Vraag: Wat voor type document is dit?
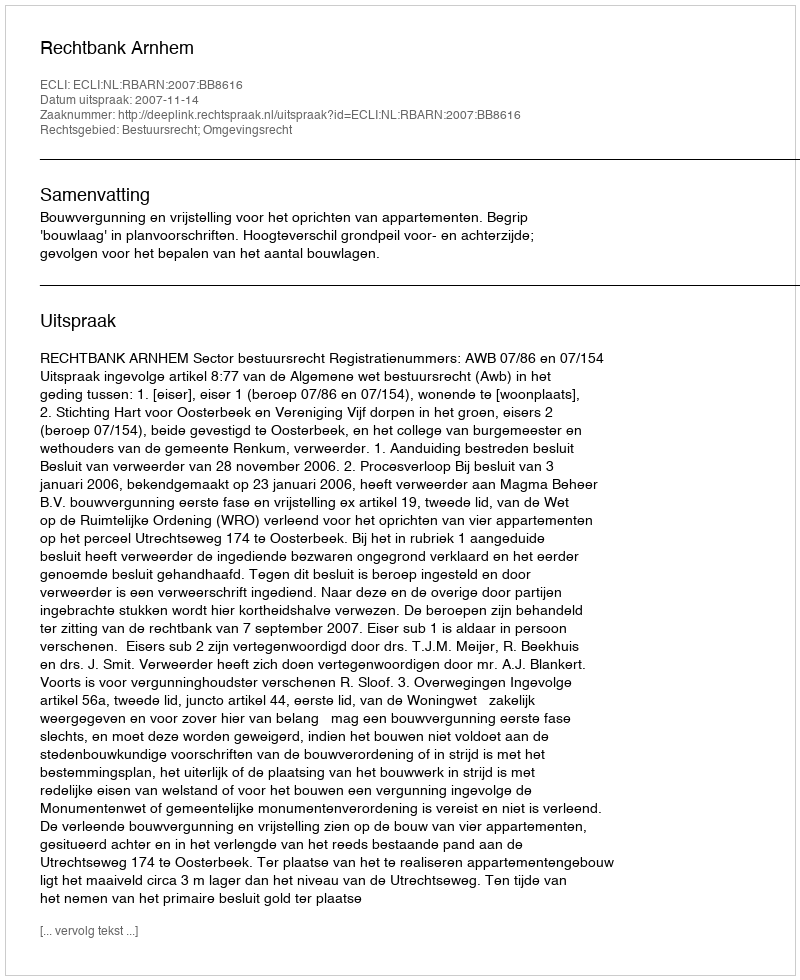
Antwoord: Uitspraak